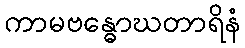
ကာမဗန္ဓောဃတာရိနံ